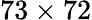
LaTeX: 73\times 72